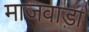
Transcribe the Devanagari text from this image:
माजवाड़ा